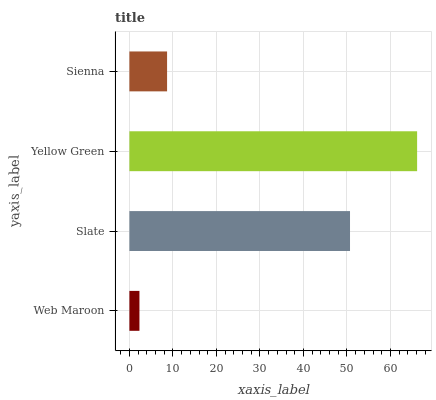
| yaxis_label | bars |
 | --- | --- |
 | Web Maroon | 2.31 |
 | Slate | 50.7 |
 | Yellow Green | 66.1 |
 | Sienna | 8.66 |